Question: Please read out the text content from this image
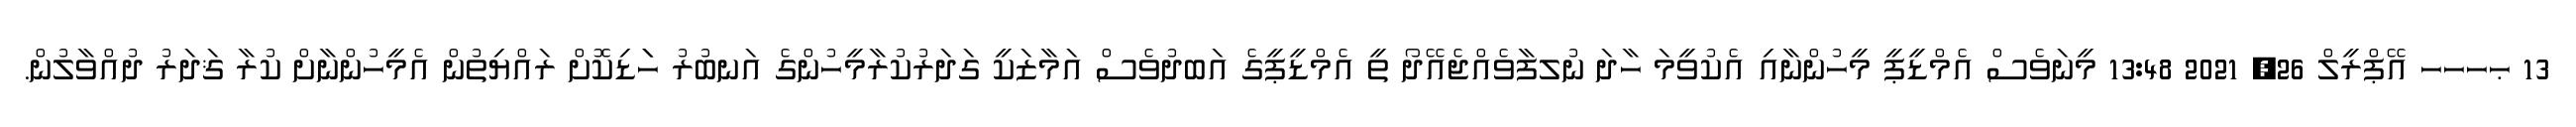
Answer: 13 ޙހހހ އޭޕްރީލް 26, 2021 13:48 މީނަވެސް އެމްޑީޕީ މީހުންނާއި އެކުވީމަ ހާދަ ނުލފާވެއްޖެއޭދޯ ތީ އެމްޑީޕީގެ އަބދުވެސް އަމާޒަކީ ގަދަރުކުރާމީހުންގެ އަނބުރު ހަަޑިކޮށް ރައްޔިތުން އެމީހުންނާށް ކުރާ ޤަދަރު ދުއްވާލުން.